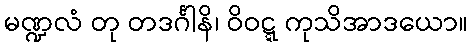
မဏ္ဍလံ တု တဒင်္ဂါနိ၊ ဝိဝဋ္ဋ ကုသိအာဒယော။